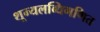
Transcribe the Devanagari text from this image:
शून्यलब्धिगणित